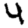
Digit: 4